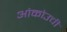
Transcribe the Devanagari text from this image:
ओकोउची